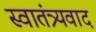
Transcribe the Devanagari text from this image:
स्वातंत्र्यवाद